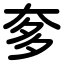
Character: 奓